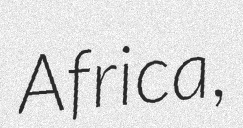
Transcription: Africa,